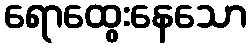
ရောထွေးနေသော